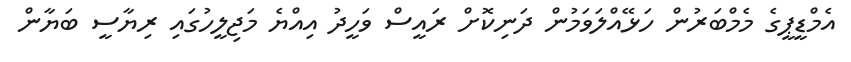
އެމްޑީޕީގެ މެމްބަރުން ހަޅޭއްލަވަމުން ދަނިކޮށް ރައީސް ވަހީދު އިއްޔެ މަޖިލީހުގައި ރިޔާސީ ބަޔާން